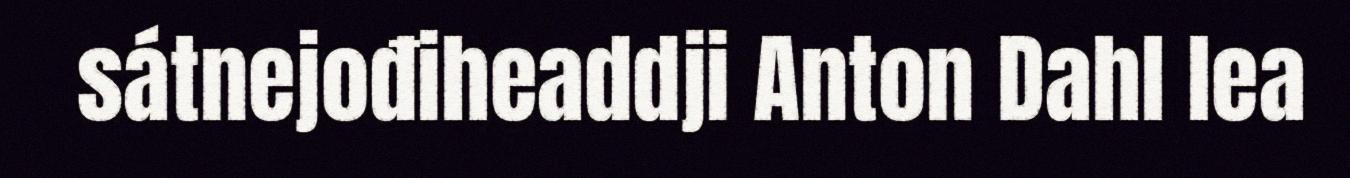
sátnejođiheaddji Anton Dahl lea